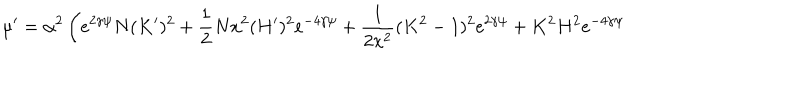
\mu ^ { \prime } = \alpha ^ { 2 } \left( e ^ { 2 \gamma \psi } N ( K ^ { \prime } ) ^ { 2 } + \frac { 1 } { 2 } N x ^ { 2 } ( H ^ { \prime } ) ^ { 2 } e ^ { - 4 \gamma \psi } + \frac { 1 } { 2 x ^ { 2 } } ( K ^ { 2 } - 1 ) ^ { 2 } e ^ { 2 \gamma \psi } + K ^ { 2 } H ^ { 2 } e ^ { - 4 \gamma \psi } \right.